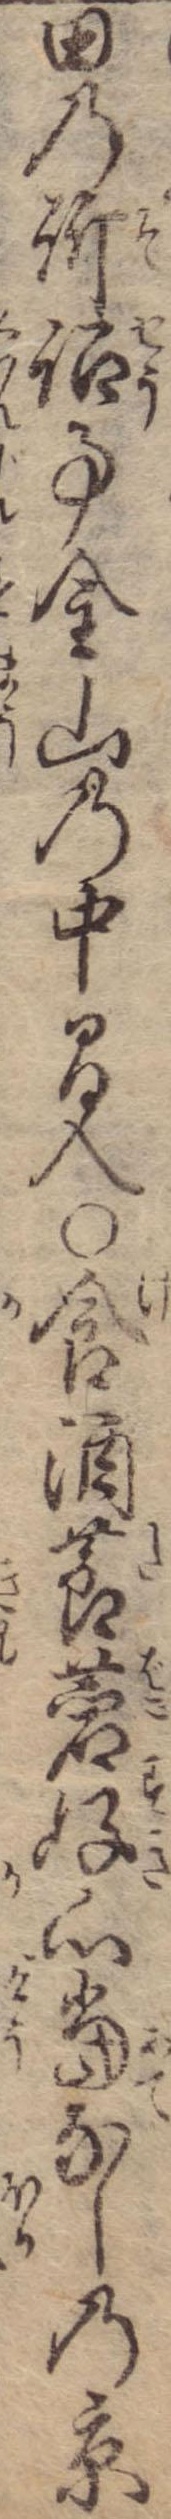
田の訴詔事金山の中間入〇食酒莨菪好心当なしの京